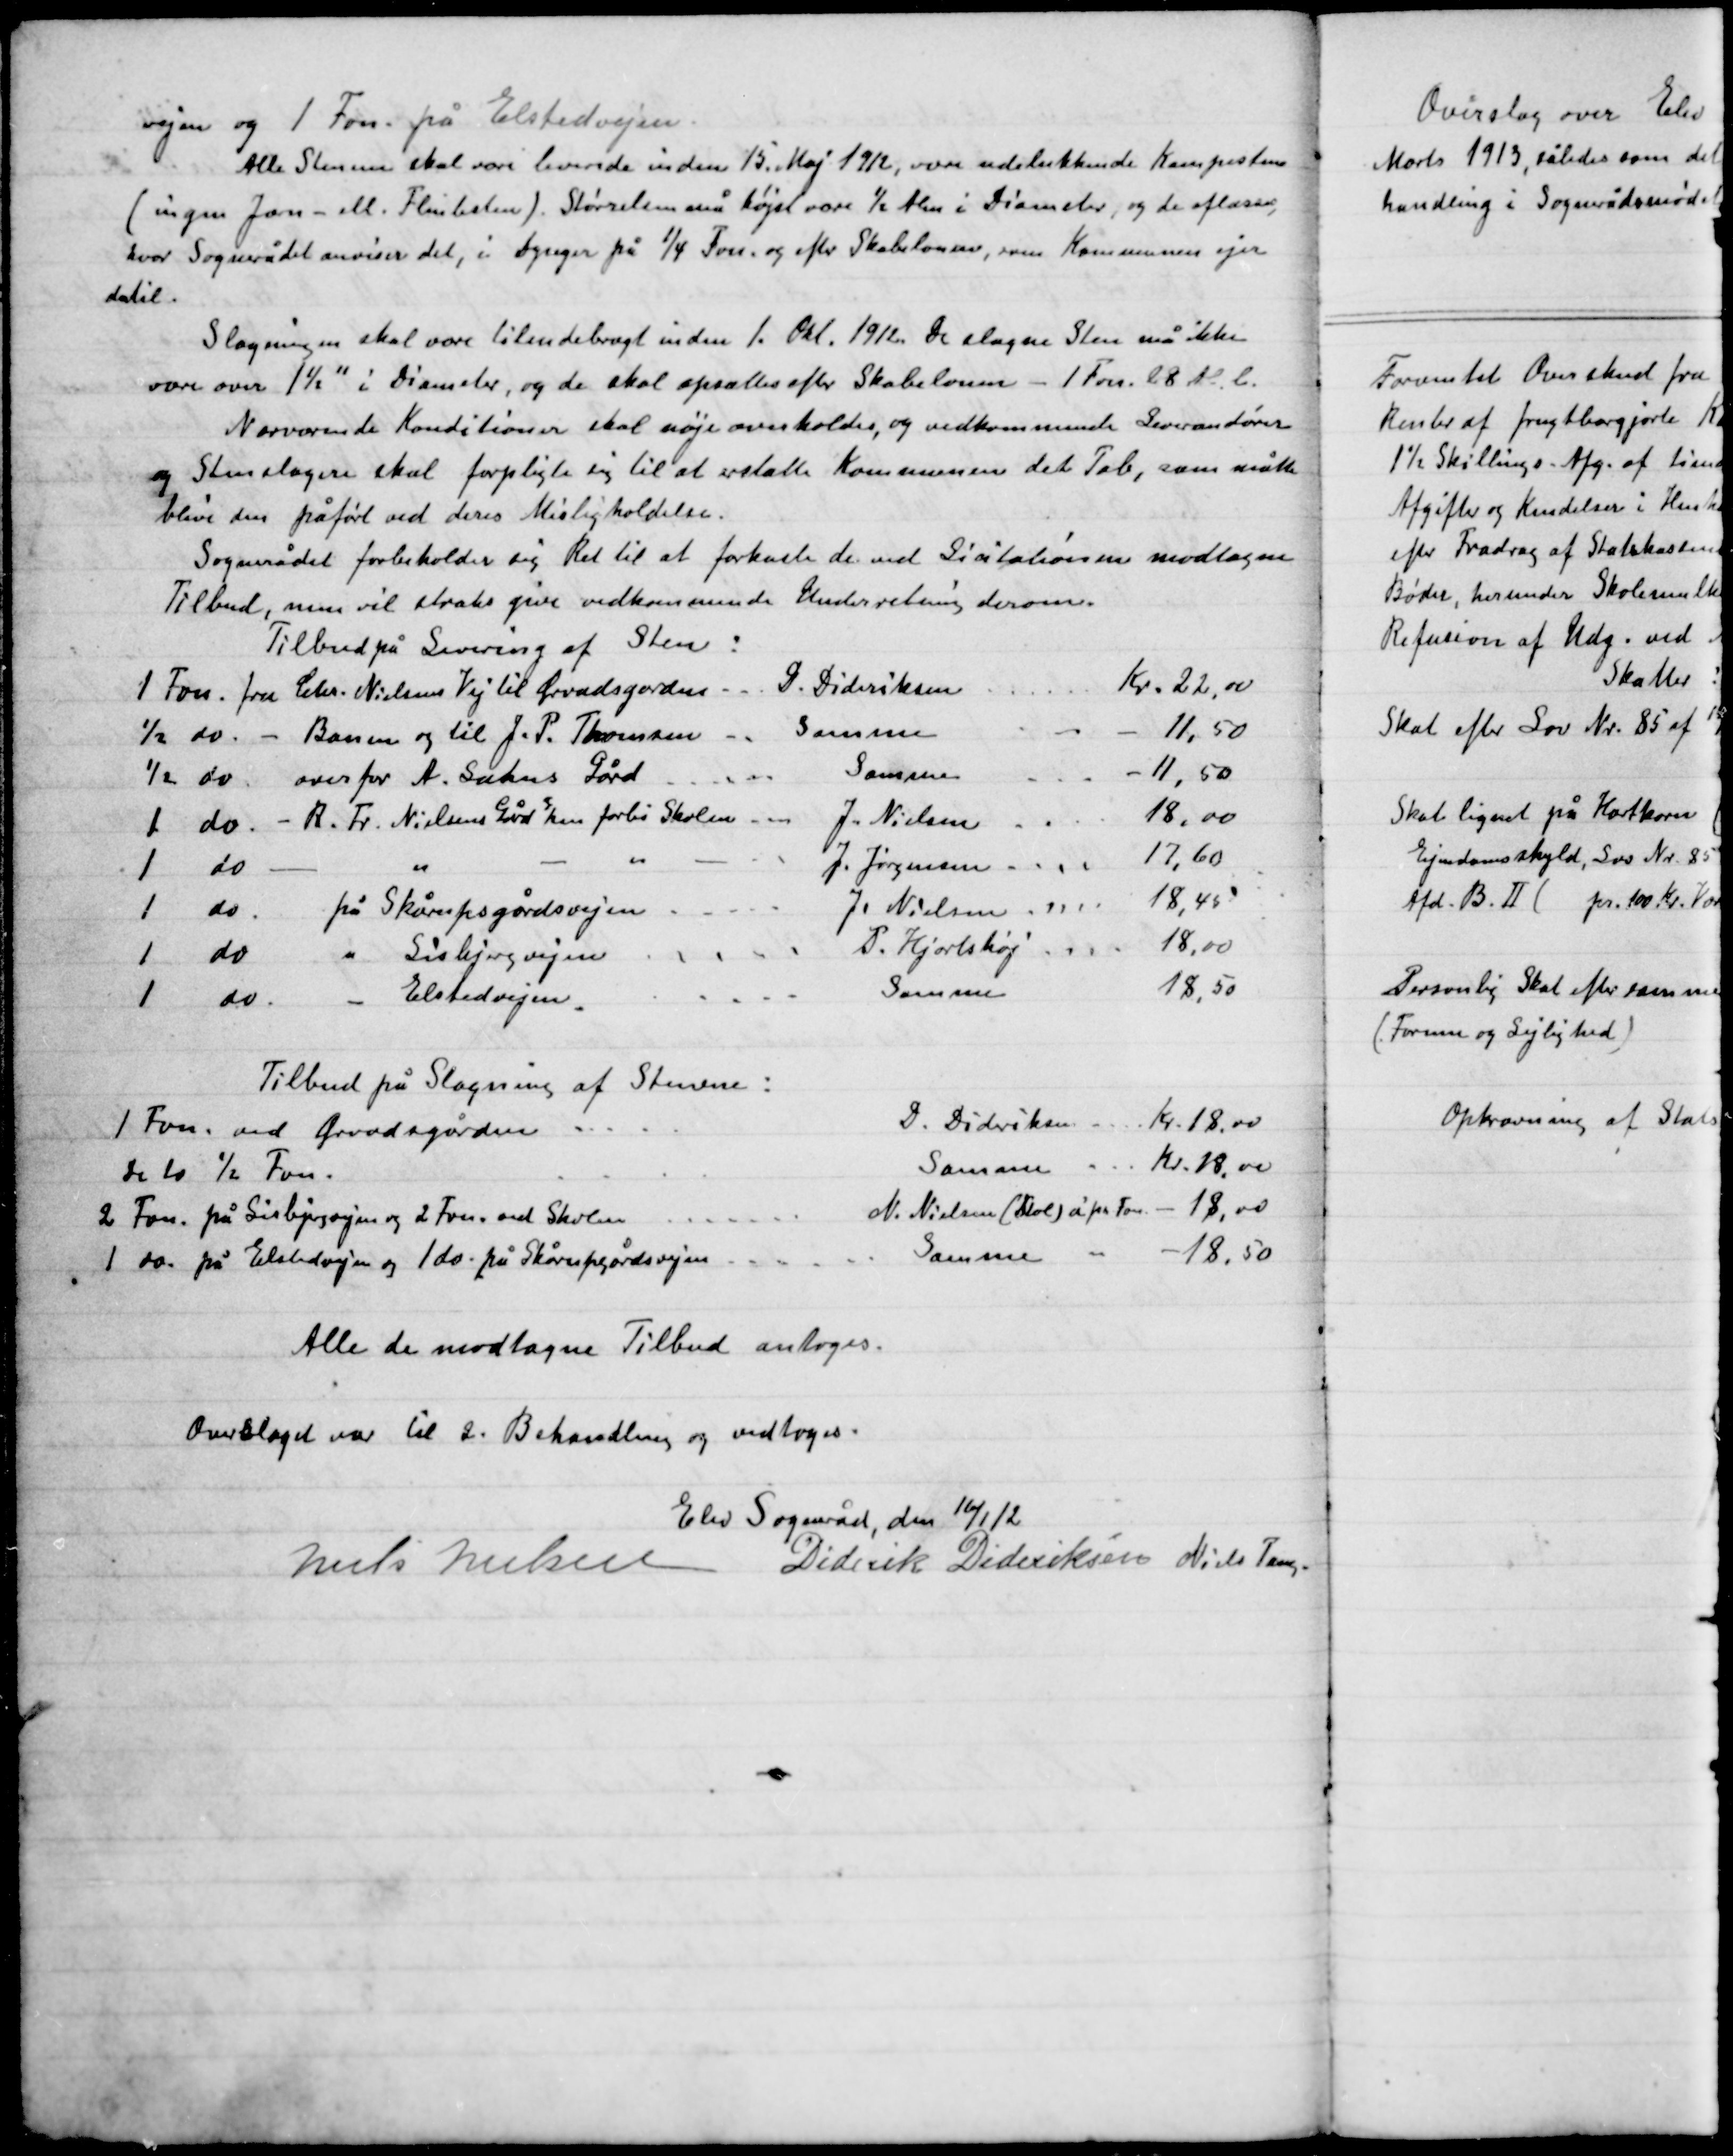
Transskription:
Vejen og 1 Fvn. på Elsted vejen.

Alle Stenene skal være leveret inden 15. Maj 1912, være udelukkende Kampesten
(ingen Jærn – eller Flintesten), Størrelsen må højest være ½ Alen i Diameter, og de aflæsses
hvor Sognerådet anviser det, i dynger på ¼ Fvn. og efter Skabeloner, som Kommunen ejer
dertil.

Slagningen skal være tilendebragt inden 1. Okt. 1912. De slagne Sten må ikke
være over 1½” i Diameter, og de skal opsættes efter Skabelonen – 1 Fvn. 28 Al. l.
Nuværende Konditioner skal nøje overholdes, og vedkommende Leverandører
og Stenslagere skal forpligte sig til at erstatte Kommunen det Tab, som måtte
blive den påført ved deres Misligholdelse.
Sognerådet forbeholder sig Ret til at forkaste de ved Licitationen modtagne
Tilbud, men vil straks give vedkommende Underretning derom.

Alle de modtage Tilbud antoges.

Overslaget var til 2. Behandling og vedtoges.

Elev Sogneråd den 16/1 12

Niels Nielsen
Diderik Dideriksen
Niels Tang.